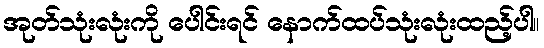
အုတ်သုံးလုံးကို ပေါင်းရင် နောက်ထပ်သုံးလုံးထည့်ပါ။